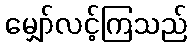
မျှော်လင့်ကြသည်